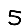
Digit: 5